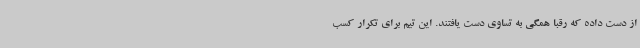
از دست داده که رقبا همگی به تساوی دست یافتند. این تیم برای تکرار کسب